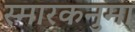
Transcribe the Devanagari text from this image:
स्मारकनुमा